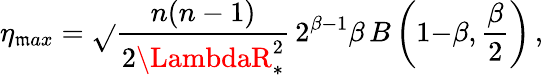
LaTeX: \eta_{\mathfrak{m}ax}=\sqrt{}{{\frac{{n(n-1)}}{{2\LambdaR_{*}^{2}}}}}\, 2^{\beta{-}1}\beta\, B\left(1{-}\beta,{\frac{{\beta}}{{2}}}\right)\, ,